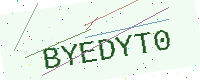
Text: BYEDYT0